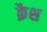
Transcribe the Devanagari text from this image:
क़ैश